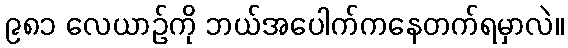
၉၈၁ လေယာဉ်ကို ဘယ်အပေါက်ကနေတက်ရမှာလဲ။